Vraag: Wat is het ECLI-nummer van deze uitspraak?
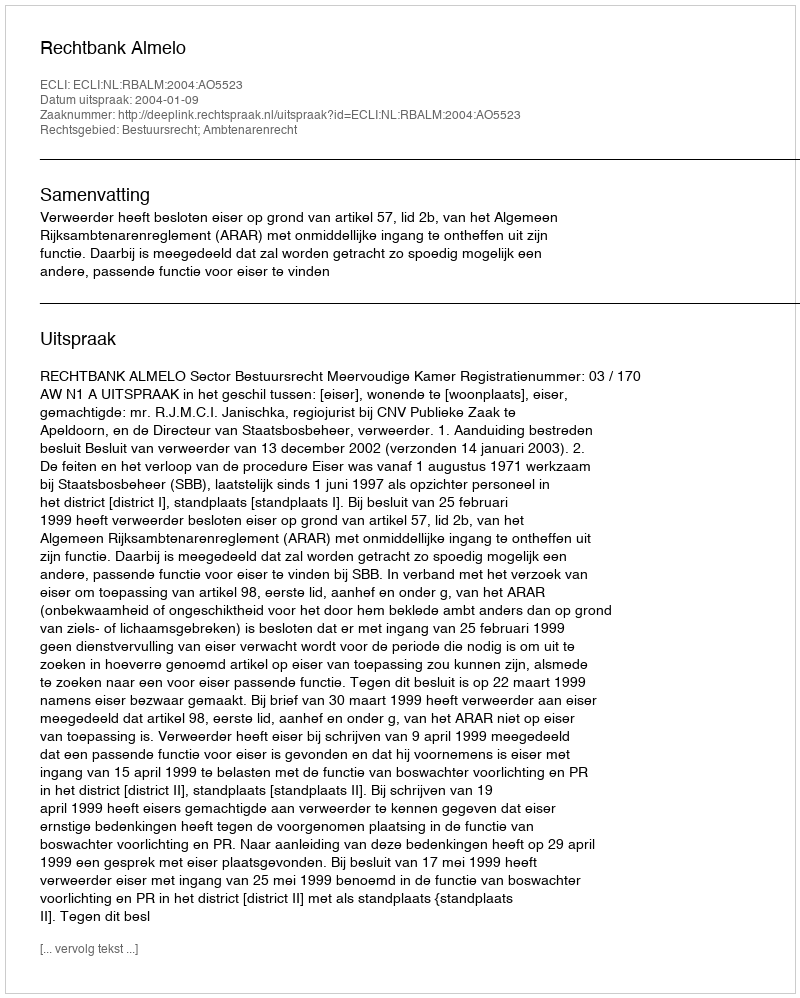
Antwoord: ECLI:NL:RBALM:2004:AO5523